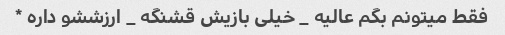
فقط میتونم بگم عالیه _ خیلی بازیش قشنگه _ ارزششو داره *